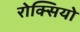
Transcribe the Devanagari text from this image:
रोक्सियो